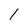
Character: l